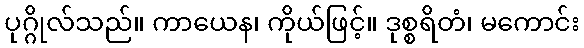
ပုဂ္ဂိုလ်သည်။ ကာယေန၊ ကိုယ်ဖြင့်။ ဒုစ္စရိတံ၊ မကောင်း